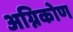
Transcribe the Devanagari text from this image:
अग्निकोण